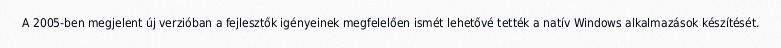
A 2005-ben megjelent új verzióban a fejlesztők igényeinek megfelelően ismét lehetővé tették a natív Windows alkalmazások készítését.